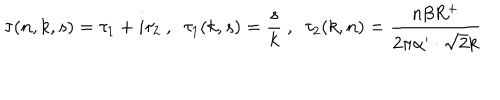
\tau ( n , k , s ) = \tau _ { 1 } + i \tau _ { 2 } ~ , ~ ~ \tau _ { 1 } ( k , s ) = \frac { s } { k } ~ , ~ ~ \tau _ { 2 } ( k , n ) = \frac { n \beta R ^ { + } } { 2 \pi \alpha ^ { \prime } \cdot \sqrt { 2 } k }